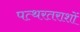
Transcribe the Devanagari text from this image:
पत्थरतराशों